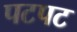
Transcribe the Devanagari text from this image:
पटपट